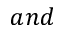
a n d